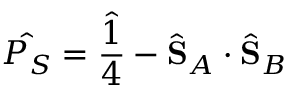
\hat { P _ { S } } = \hat { \frac { 1 } { 4 } } - \hat { \mathbf { S } } _ { A } \cdot \hat { \mathbf { S } } _ { B }